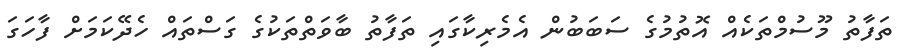
ތަފާތު މޫސުމްތަކެއް އޮތުމުގެ ސަބަބުން އެމެރިކާގައި ތަފާތު ބާވަތްތަކުގެ ގަސްތައް ހެދޭކަމަށް ފާހަގަ